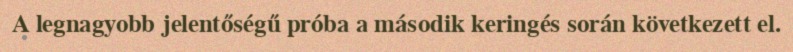
A legnagyobb jelentőségű próba a második keringés során következett el.